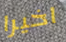
اخيرا